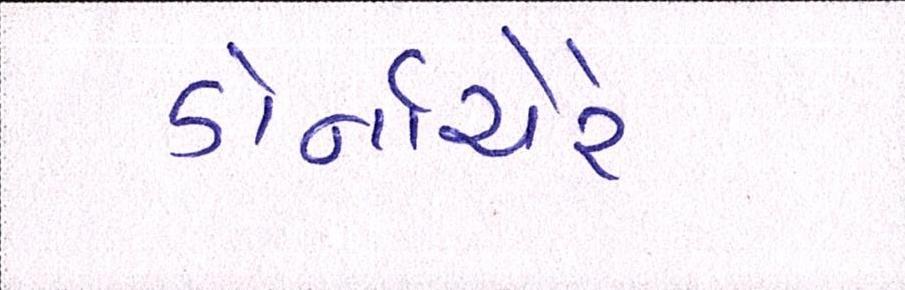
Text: ડોર્નાચેરે